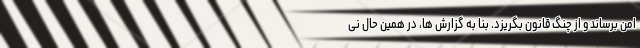
امن برساند و از چنگ قانون بگریزد. بنا به گزارش ها، در همین حال نی